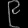
Digit: ၉